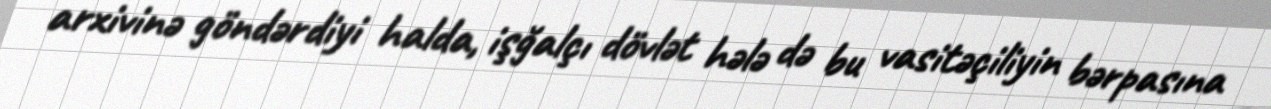
arxivinə göndərdiyi halda, işğalçı dövlət hələ də bu vasitəçiliyin bərpasına